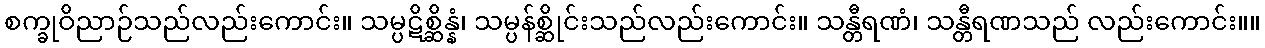
စက္ခုဝိညာဉ်သည်လည်းကောင်း။ သမ္ပဋိစ္ဆိန္နံ၊ သမ္ပန်စ္ဆိုင်းသည်လည်းကောင်း။ သန္တီရဏံ၊ သန္တီရဏသည် လည်းကောင်း။။